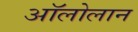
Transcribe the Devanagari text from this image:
अॉलोलान